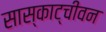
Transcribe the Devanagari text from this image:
सास्काट्चीवन